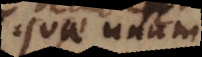
quae unum